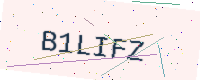
Text: B1LIFZ